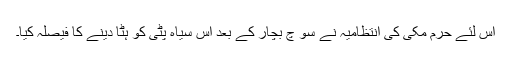
اس لئے حرم مکی کی انتظامیہ نے سو چ بچار کے بعد اُس سیاہ پٹی کو ہٹا دینے کا فیصلہ کیا۔